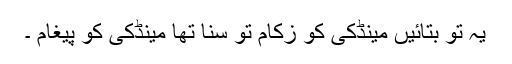
یہ تو بتائیں مینڈکی کو زکام تو سنا تھا مینڈکی کو پیغام ۔